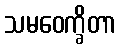
သမဝေက္ခိတာ